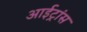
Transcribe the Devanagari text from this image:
आईट्रांस